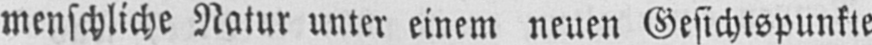
menschliche Natur unter einem neuen Gesichtspunkte